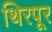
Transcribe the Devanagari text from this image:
थिरपूर